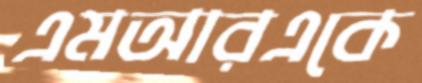
এমআরএকে